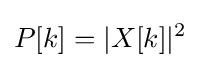
P[k]=|X[k]|^{2}